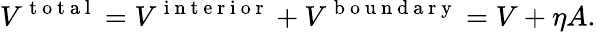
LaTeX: V^{\mathrm{~t~o~t~a~l~}}=V^{\mathrm{~i~n~t~e~r~i~o~r~}}+V^{\mathrm{~b~o~u~n~d~a~r~y~}}=V+\eta A.